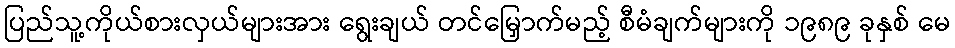
ပြည်သူ့ကိုယ်စားလှယ်များအား ရွေးချယ် တင်မြှောက်မည့် စီမံချက်များကို ၁၉၈၉ ခုနှစ် မေ